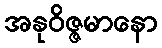
အနုဝိဇ္ဇမာနော